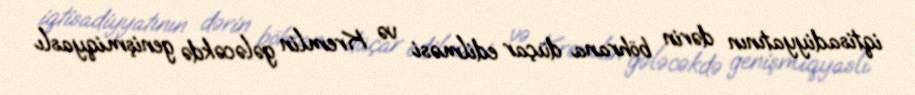
iqtisadiyyatının dərin böhrana düçar edilməsi və Kremlin gələcəkdə genişmiqyaslı